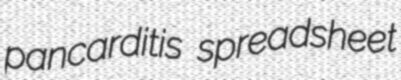
pancarditis spreadsheet